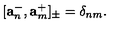
[ \mathbf { a } _ { n } ^ { - } , \mathbf { a } _ { m } ^ { + } ] _ { \pm } = \delta _ { n m } .